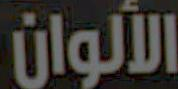
الألوان